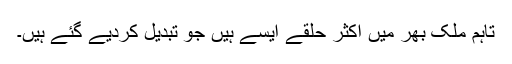
تاہم ملک بھر میں اکثر حلقے ایسے ہیں جو تبدیل کردیے گئے ہیں۔